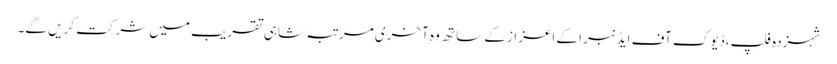
شہزدہ فلپ، ڈیوک آف ایڈنبرا کے اعزاز کے ساتھ وہ آخری مرتبہ شاہی تقریب میں شرکت کریں گے۔